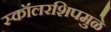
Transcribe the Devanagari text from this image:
स्कॉलरशिपमुळे